Civil Veterinary Department. Madras. Admin. report 1926-33 - 1926-1933
Year: 1926
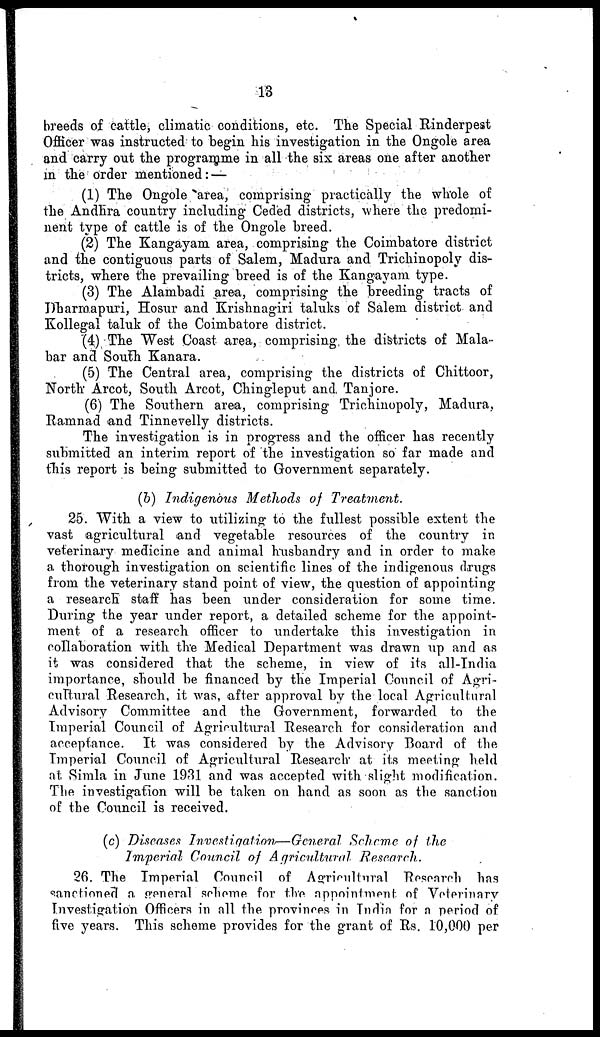
13
breeds of cattle, climatic conditions, etc. The Special Rinderpest
Officer was instructed to begin his investigation in the Ongele area
and carry out the programme in all the six areas one after another
in the order mentioned: —
(1) The Ongole area, comprising practically the whole of
the Andhra country including Ceded districts, where the predomi-
nent type of cattle is of the Ongole breed.
(2) The Kangayam area, comprising the Coimbatore district
and the contiguous parts of Salem, Madura and Trichinopoly dis-
tricts, where the prevailing breed is of the Kangayam type.
(3) The Alambadi area, comprising the breeding tracts of
Dharmapuri, Hosur and Krishnagiri taluks of Salem district and
Kollegal taluk of the Coimbatore district.
(4) The West Coast area, comprising the districts of Mala-
bar and South Kanara.
(5) The Central area, comprising the districts of Chittoor,
North Arcot, South Arcot, Chingleput and Tanjore.
(6) The Southern area, comprising Trichinopoly, Madura,
Ramnad and Tinnevelly districts.
The investigation is in progress and the officer has recently
submitted an interim report of the investigation so far made and
this report is being submitted to Government separately.
(b) Indigenous Methods of
Treatment.
25. With a view to utilizing to the fullest possible extent the
vast agricultural and vegetable resources of the country in
veterinary medicine and animal husbandry and in order to make
a thorough investigation on scientific lines of the indigenous drugs
from the veterinary stand point of view, the question of appointing
a research staff has been under consideration for some time.
During the year under report, a detailed scheme for the appoint-
ment of a research officer to undertake this investigation in
collaboration with the Medical Department was drawn up and as
it was considered that the scheme, in view of its all-India
importance, should be financed by the Imperial Council of Agri-
cultural Research, it was, after approval by the local Agricultural
Advisory Committee and the Government, forwarded to the
Imperial Council of Agricultural Research for consideration and
acceptance. It was considered by the Advisory Board of the
Imperial Council of Agricultural Research at its meeting held
at Simla in June 1931 and was accepted with slight modification.
The investigation will be taken on hand as soon as the sanction
of the Council is received.
(c) Diseases Investigation—General
Scheme of the
Imperial Council of Agricultural
Research.
26. The Imperial Council of Agricultural Research has
sanctioned a general scheme for the appointment of Veterinary
Investigation Officers in all the provinces in India for a period of
five years. This scheme provides for the grant of Rs. 10,000 per